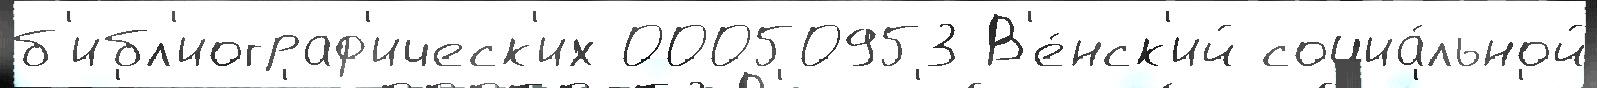
б'ибл'иограф'ическ'их 00050953 В'е́нск'ий социа́льной